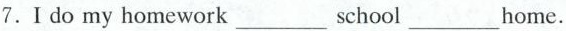
7.Ⅰdo my homework ___ school ___ home.